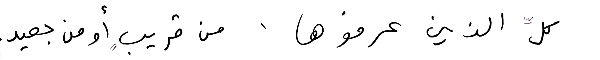
كلِّ الذين عرفوها، من قريبٍ أو من بعيد.